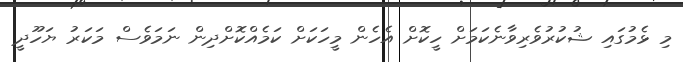
މި ޅެމުގައި ޝުކުރުވެރިވާނެކަމަށް ހީކޮށް އެހެން މީހަކަށް ކަމެއްކޮށްދިން ނަމަވެސް މަކަރު ޔަހޫދީ